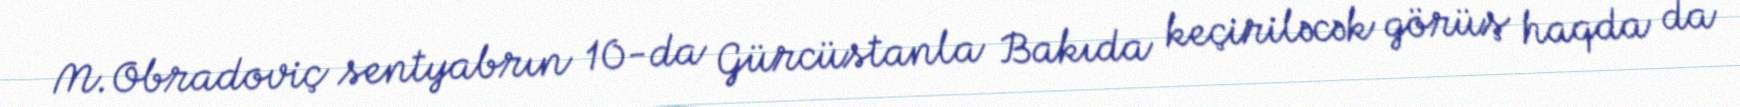
M.Obradoviç sentyabrın 10-da Gürcüstanla Bakıda keçiriləcək görüş haqda da